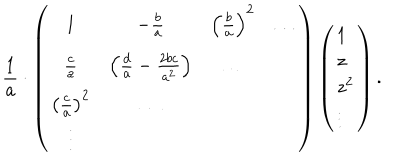
LaTeX: { \frac { 1 } { a } } \cdot \left( \begin{array} { c c c c } { { 1 } } & { { - { \frac { b } { a } } } } & { { \left( { \frac { b } { a } } \right) ^ { 2 } } } & { { \dots } } \\ { { { \frac { c } { a } } } } & { { \left( { \frac { d } { a } } - { \frac { 2 b c } { a ^ { 2 } } } \right) } } & { { \dots } } & { { } } \\ { { \left( { \frac { c } { a } } \right) ^ { 2 } } } & { { \dots } } & { { } } & { { } } \\ { { \vdots } } & { { } } & { { } } & { { } } \\ \end{array} \right) \left( \begin{array} { l } { { 1 } } \\ { { z } } \\ { { { z } ^ { 2 } } } \\ { { \vdots } } \\ \end{array} \right) .